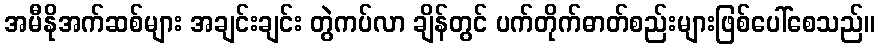
အမီနိုအက်ဆစ်များ အချင်းချင်း တွဲကပ်လာ ချိန်တွင် ပက်တိုက်ဓာတ်စည်းများဖြစ်ပေါ်စေသည်။